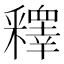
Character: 𨤟